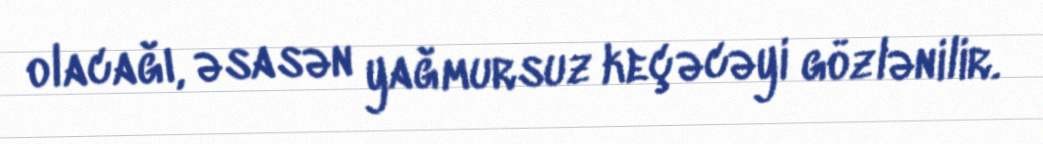
olacağı, əsasən yağmursuz keçəcəyi gözlənilir.